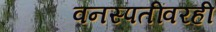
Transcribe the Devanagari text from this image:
वनस्पतींवरही